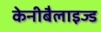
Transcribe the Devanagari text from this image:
केनीबैलाइज्ड